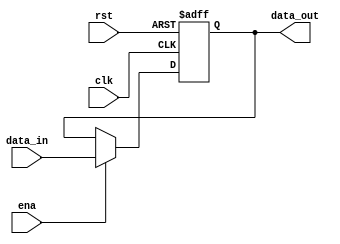
module pcreg(
    input clk,
    input rst,
    input ena,
    
    input [31:0] data_in,
    output reg [31:0] data_out
    );
    always@(negedge clk or posedge rst)
    //always@(posedge clk or posedge rst)
        begin
            if(rst==1'b1)
                data_out=32'h00400000;
            else
                if(ena==1'b1)
                    data_out=data_in;
                else if(ena==1'b0)
                    data_out=data_out;
        end
endmodule